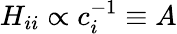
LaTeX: H_{ii}\propto c_{i}^{-1}\equiv A